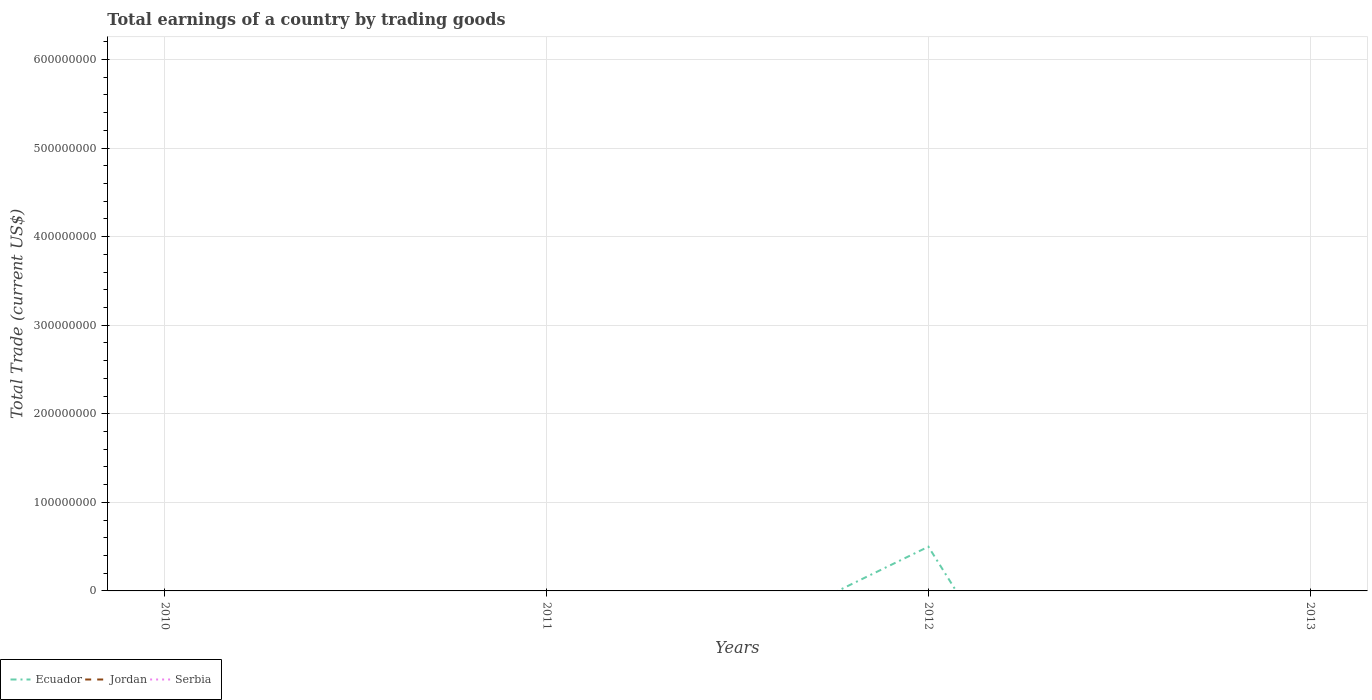
| Years | Ecuador | Jordan | Serbia |
 | --- | --- | --- | --- |
 | 2010 | -1.5e+09 | -6.79e+09 | -6.08e+09 |
 | 2011 | -1.6e+08 | -8.82e+09 | -7.38e+09 |
 | 2012 | 4.99e+07 | -1.05e+10 | -7.26e+09 |
 | 2013 | -6.38e+08 | -1.15e+10 | -5.52e+09 |